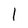
Character: l